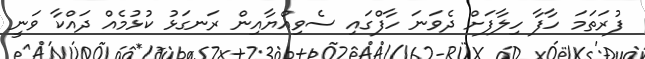
ފުރަތަމަ ހާފާ ހިލާފަށް ދެވަނަ ހާފްގައި ސެވިއްޔާއިން ރަނގަޅު ކުޅުމެއް ދައްކާ ވަނީ